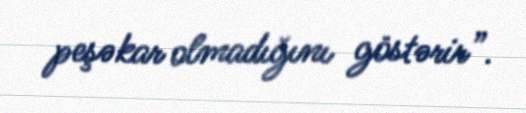
peşəkar olmadığını göstərir”.